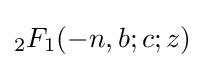
{}_{2}F_{1}(-n,b;c;z)